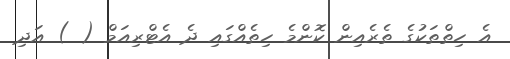
އެ ހިތްތަކުގެ ތެރެއިން ކޮންމެ ހިތެއްގައި ދެ އެޓްރިއަމް ( ) އަދި